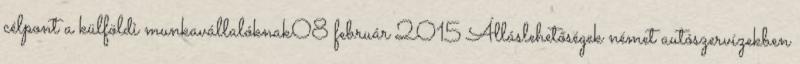
célpont a külföldi munkavállalóknak08 február 2015 Álláslehetőségek német autószervízekben